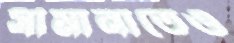
সীমানাতেও